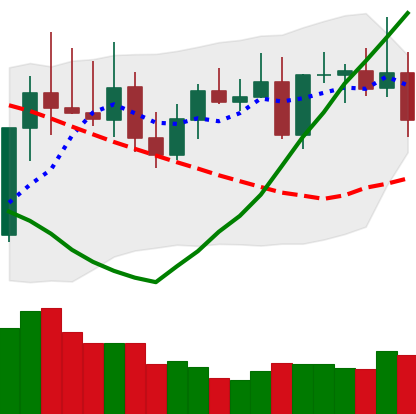
Ticker: TRX-USD
Chart end date: 2022-08-15
Forward return: -4.565%
Label: down_3_5